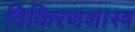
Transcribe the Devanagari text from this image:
विकिरणशास्त्र